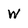
Character: w